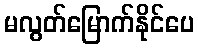
မလွတ်မြောက်နိုင်ပေ